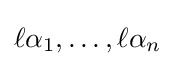
\ell \alpha _{1},\ldots ,\ell \alpha _{n}